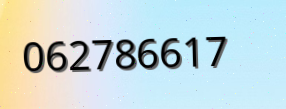
062786617